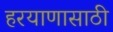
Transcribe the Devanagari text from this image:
हरयाणासाठी